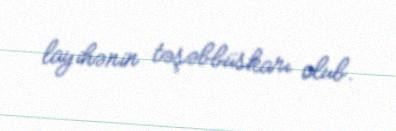
layihənin təşəbbüskarı olub.